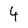
Character: 4